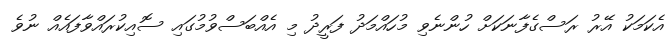
އެކަމަކު އޭރު ރަސްގެފާނަކަށް ހުންނެވި މުހައްމަދު ފަރީދު މި އެއްބަސްވުމުގައި ސޮއިކުރައްވާފައެއް ނުވެ